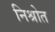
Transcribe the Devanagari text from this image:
निश्रोत